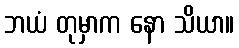
ဘယံ တုမှာက နော သိယာ။